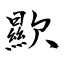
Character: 歞